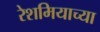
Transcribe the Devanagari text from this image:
रेशमियाच्या